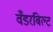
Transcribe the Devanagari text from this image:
वँडरबिल्ट